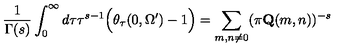
\frac { 1 } { \Gamma ( s ) } \int _ { 0 } ^ { \infty } d \tau \tau ^ { s - 1 } \Big ( \theta _ { \tau } ( 0 , \Omega ^ { \prime } ) - 1 \Big ) = \sum _ { m , n \neq 0 } ( \pi \mathbf { Q } ( m , n ) ) ^ { - s }